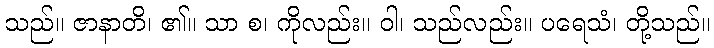
သည်။ ဇာနာတိ၊ ၏။ သာ စ၊ ကိုလည်း။ ဝါ၊ သည်လည်း။ ပရေသံ၊ တို့သည်။